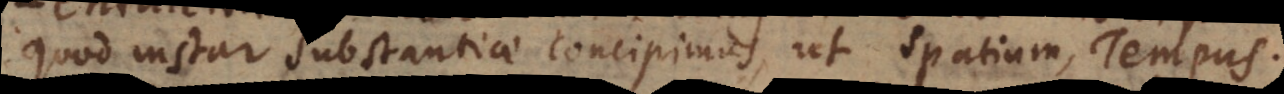
quod instar substantiae concipimus, ut Spatium, Tempus.